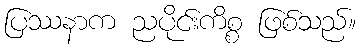
ပြဿနာက ညပိုင်းကိစ္စ ဖြစ်သည်။